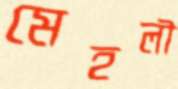
মেহলী